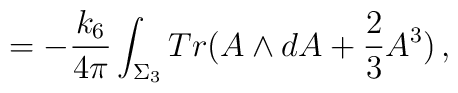
= -\frac{k_6}{4\pi} \int_{\Sigma_3} Tr(A \wedge dA +\frac{2}{3} A^3)\,,